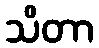
သိတာ